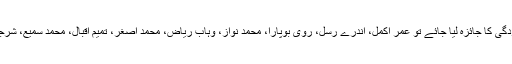
ٹورنامنٹ میں اگر مختلف کھلاڑیوں کی انفرادی کارکردگی کا جائزہ لیا جائے تو عمر اکمل، آندرے رسل، روی بوپارا، محمد نواز، وہاب ریاض، محمد اصغر، تمیم اقبال، محمد سمیع، شرجیل خان،احمد شہزاد ،خالد لطیف، بریڈ ہیڈن نمایاں رہے۔